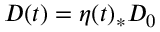
D ( t ) = \eta ( t ) _ { * } D _ { 0 }